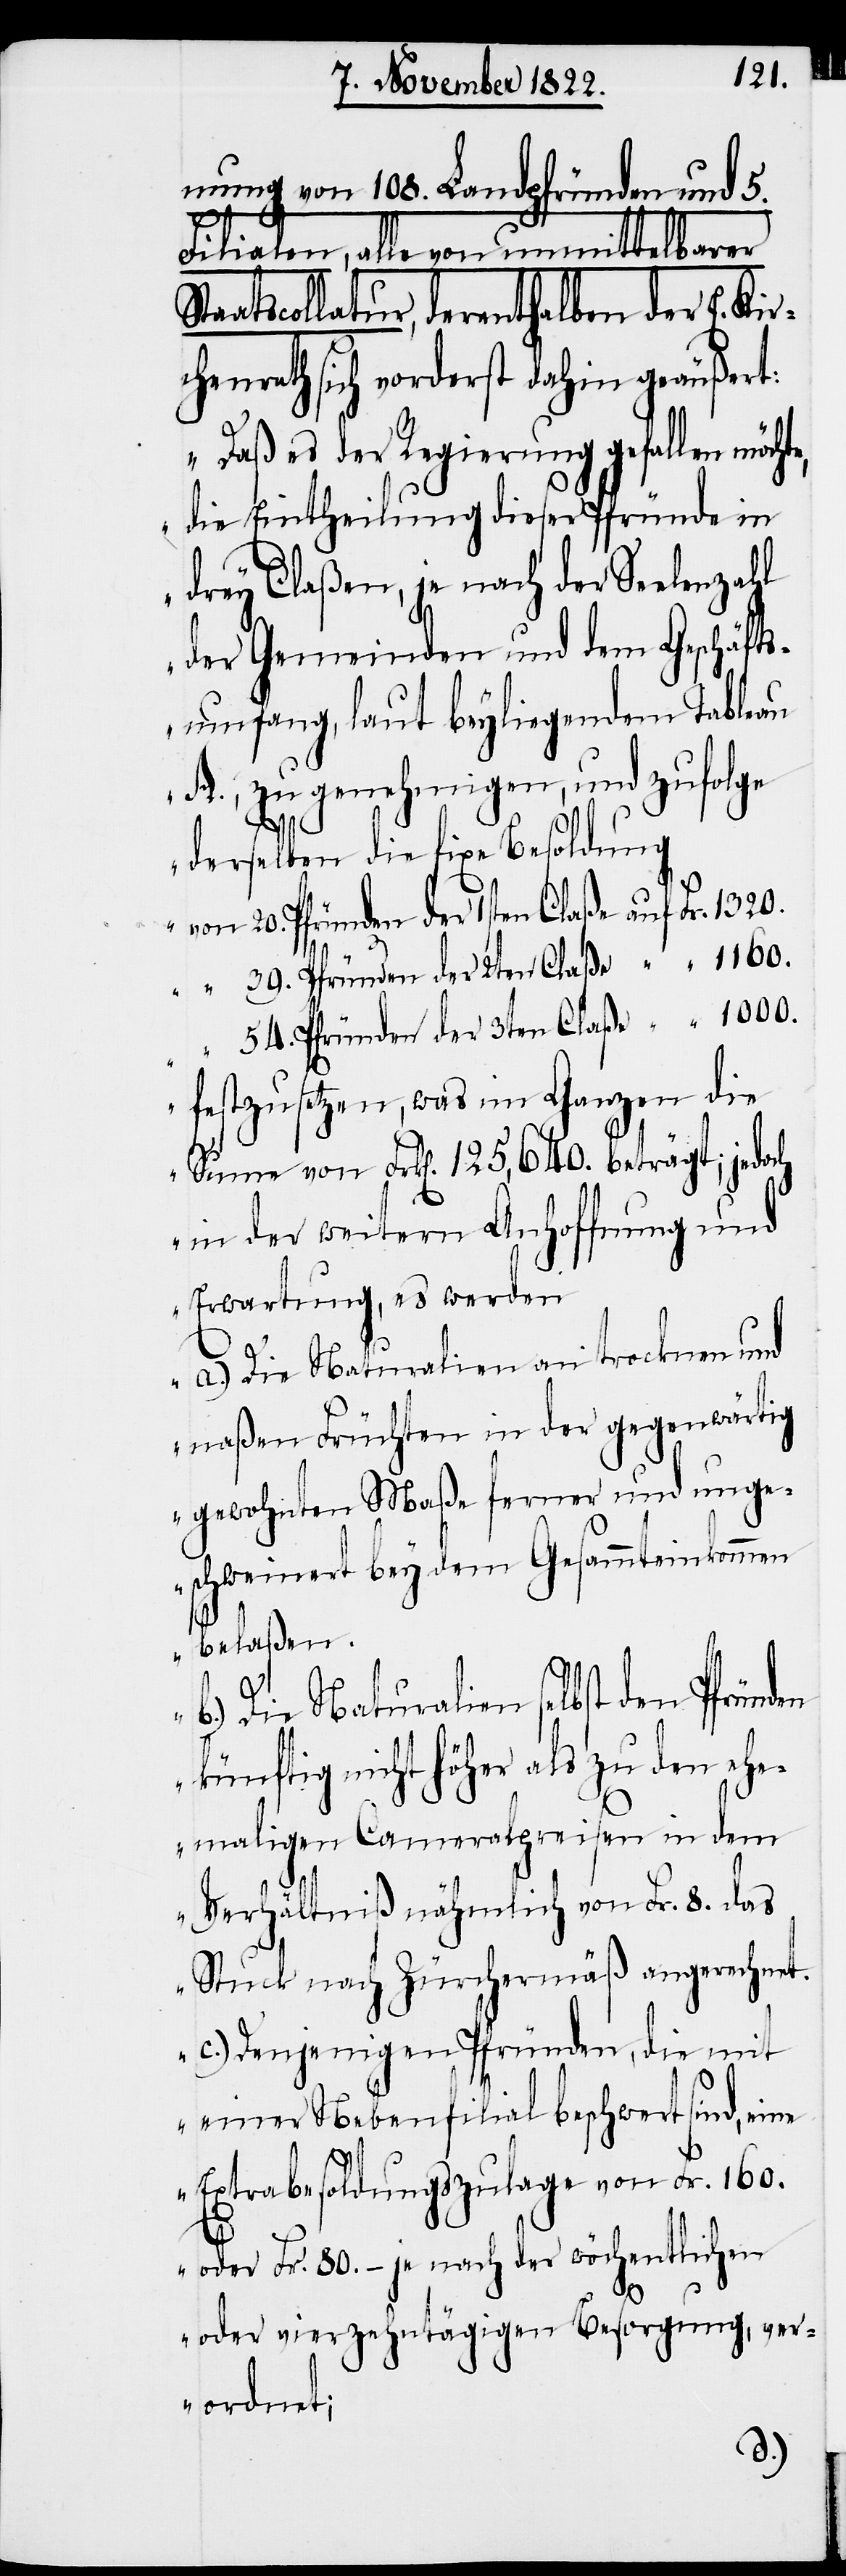
mung von 108. Landpfründen und 5.
54.
Filialen, alle von unmittelbarer
Staatscollatur, derenthalben der E. Kir¬
chenrath sich vorderst dahin geäußert:
„Daß es der Regierung gefallen
die Eintheilung dieser Pfründe in
drey Claßen, je nach der Seelenzahl
der Gemeinden und dem Geschäfts¬
umfang, laut beyliegendem Tableau
A., zu genehmigen, und zufolge
derselben die fixe Besoldung
von 20. Pfründen der 1sten Claße auf Fr.
festzusetzen, was im Ganzen die
Summe von Frk[en]. 125,640. beträgt; jedoch
in der weitern Anhoffung und
Erwartung, es werden
a.) Die Naturalien an trocknen und
naßen Früchten in der gegenwärtig
gewohnten Maße ferner und unge¬
schweinert bey dem Gesammteinkommen
belaßen.
Die Naturalien selbst den Pfründen
künftig nicht höher als zu den ehe¬
maligen Cameralpreisen in dem
Verhältniß nähmlich von Fr. 8. das
Stuck nach Zürchermäß angerechnet.
c.) Denjenigen Pfründen, die mit
einer Nebenfilial beschwert sind, eine
Extrabesoldungszulage von Fr. 160.
oder Fr. 80. – je nach der wöchentlichen
b.)
oder vierzehntägigen Besorgung, ver¬
ordnet;